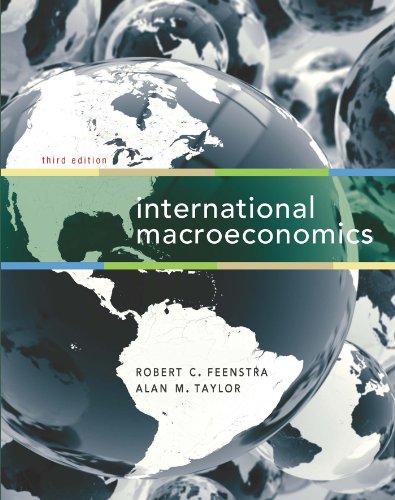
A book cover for International Macroeconomics; Robert C. Feenstra; Business & Money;